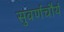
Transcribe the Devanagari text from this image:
सुवर्णचौर्य